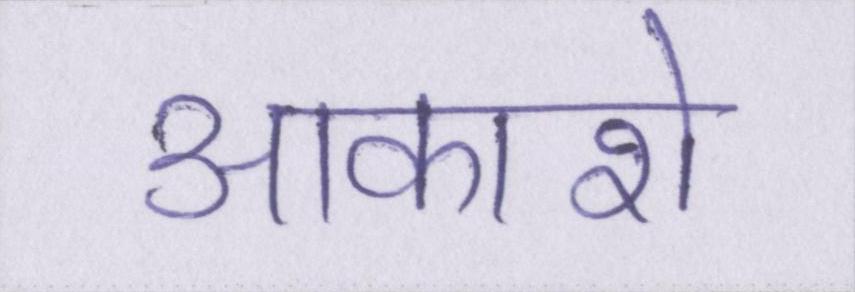
आकाशे